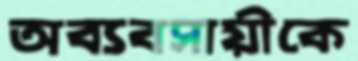
অব্যবসায়ীকে